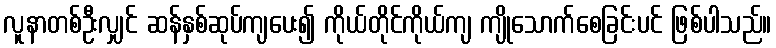
လူနာတစ်ဦးလျှင် ဆန်နှစ်ဆုပ်ကျပေး၍ ကိုယ်တိုင်ကိုယ်ကျ ကျိုသောက်စေခြင်းပင် ဖြစ်ပါသည်။